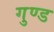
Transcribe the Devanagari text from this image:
गुण्ड